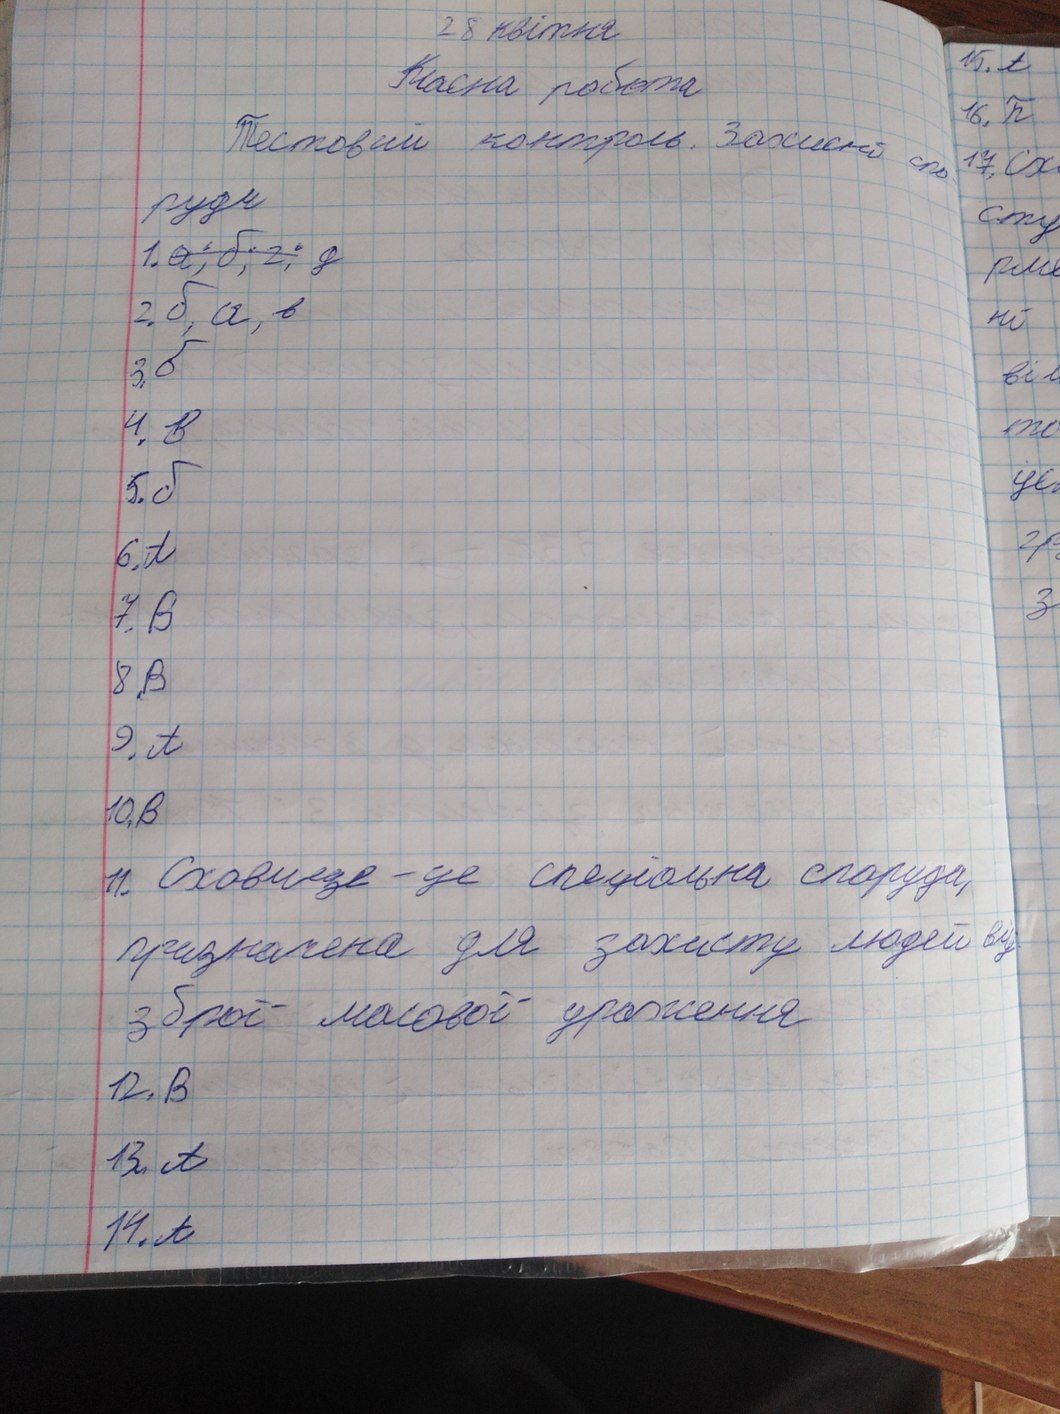
28 квітня
15. А
Класна робота
16. Б
Тестовий контроль. Захисні спо-
17. Сх
руди
сту
1. ~~а; б; г;~~ д
рме
2. б, а, в
ні
3. б
віл
4. В
то
5. б
це
гр
6. А
з
7. B
8. B
9. А
10. В
11. Сховище - це спеціальна споруда,
призначена для захисту людей від
зброї масової ураження
12. B
13. А
14. А